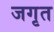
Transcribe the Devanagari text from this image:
जगृत